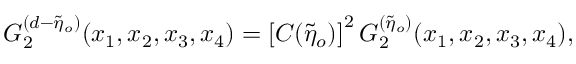
{ \cal { G } } _ { 2 } ^ { ( d - \tilde { \eta } _ { o } ) } ( x _ { 1 } , x _ { 2 } , x _ { 3 } , x _ { 4 } ) = \left[ C ( \tilde { \eta } _ { o } ) \right] ^ { 2 } { \cal { G } } _ { 2 } ^ { ( \tilde { \eta } _ { o } ) } ( x _ { 1 } , x _ { 2 } , x _ { 3 } , x _ { 4 } ) ,